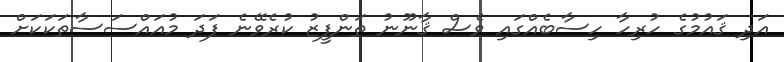
އަދި ޤައުމުގެ ހުރިހާ ހިސާބެއްގައި ވެސް ޤާނޫނު ތަންފީޒު ކުރެވޭނެ ފަދަ މުއައްސަސާތަކަކަށް